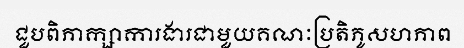
ជួបពិភាក្សាការងារជាមួយគណៈប្រតិភូសហភាព